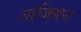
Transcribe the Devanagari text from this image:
लांजियन